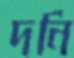
দনি